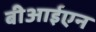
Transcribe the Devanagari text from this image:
बीआईएन